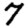
Digit: 7